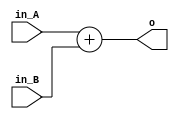
module ADD(
    input [31:0] in_A,      // Input 32bit A.
    input [31:0] in_B,      // Input 31bit B.
    output [31:0] o
);
    assign o = in_A + in_B;
endmodule